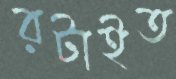
রটাইত